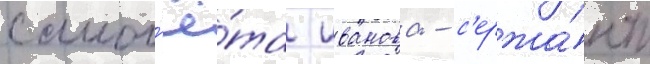
самол'ё́та иванова - с'ержа́нт